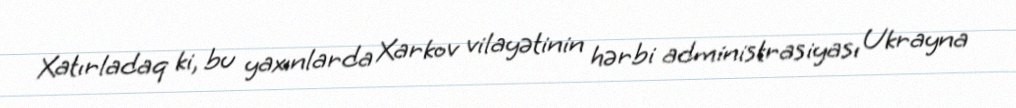
Xatırladaq ki, bu yaxınlarda Xarkov vilayətinin hərbi administrasiyası Ukrayna